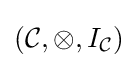
({\mathcal {C}},\otimes ,I_{\mathcal {C}})